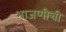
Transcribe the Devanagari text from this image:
भाजणीची